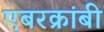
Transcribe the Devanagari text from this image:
एबरक्रांबी